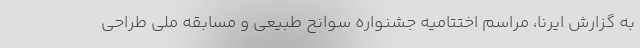
به گزارش ایرنا، مراسم اختتامیه جشنواره سوانح طبیعی و مسابقه ملی طراحی